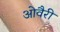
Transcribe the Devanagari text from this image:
ओवैरी